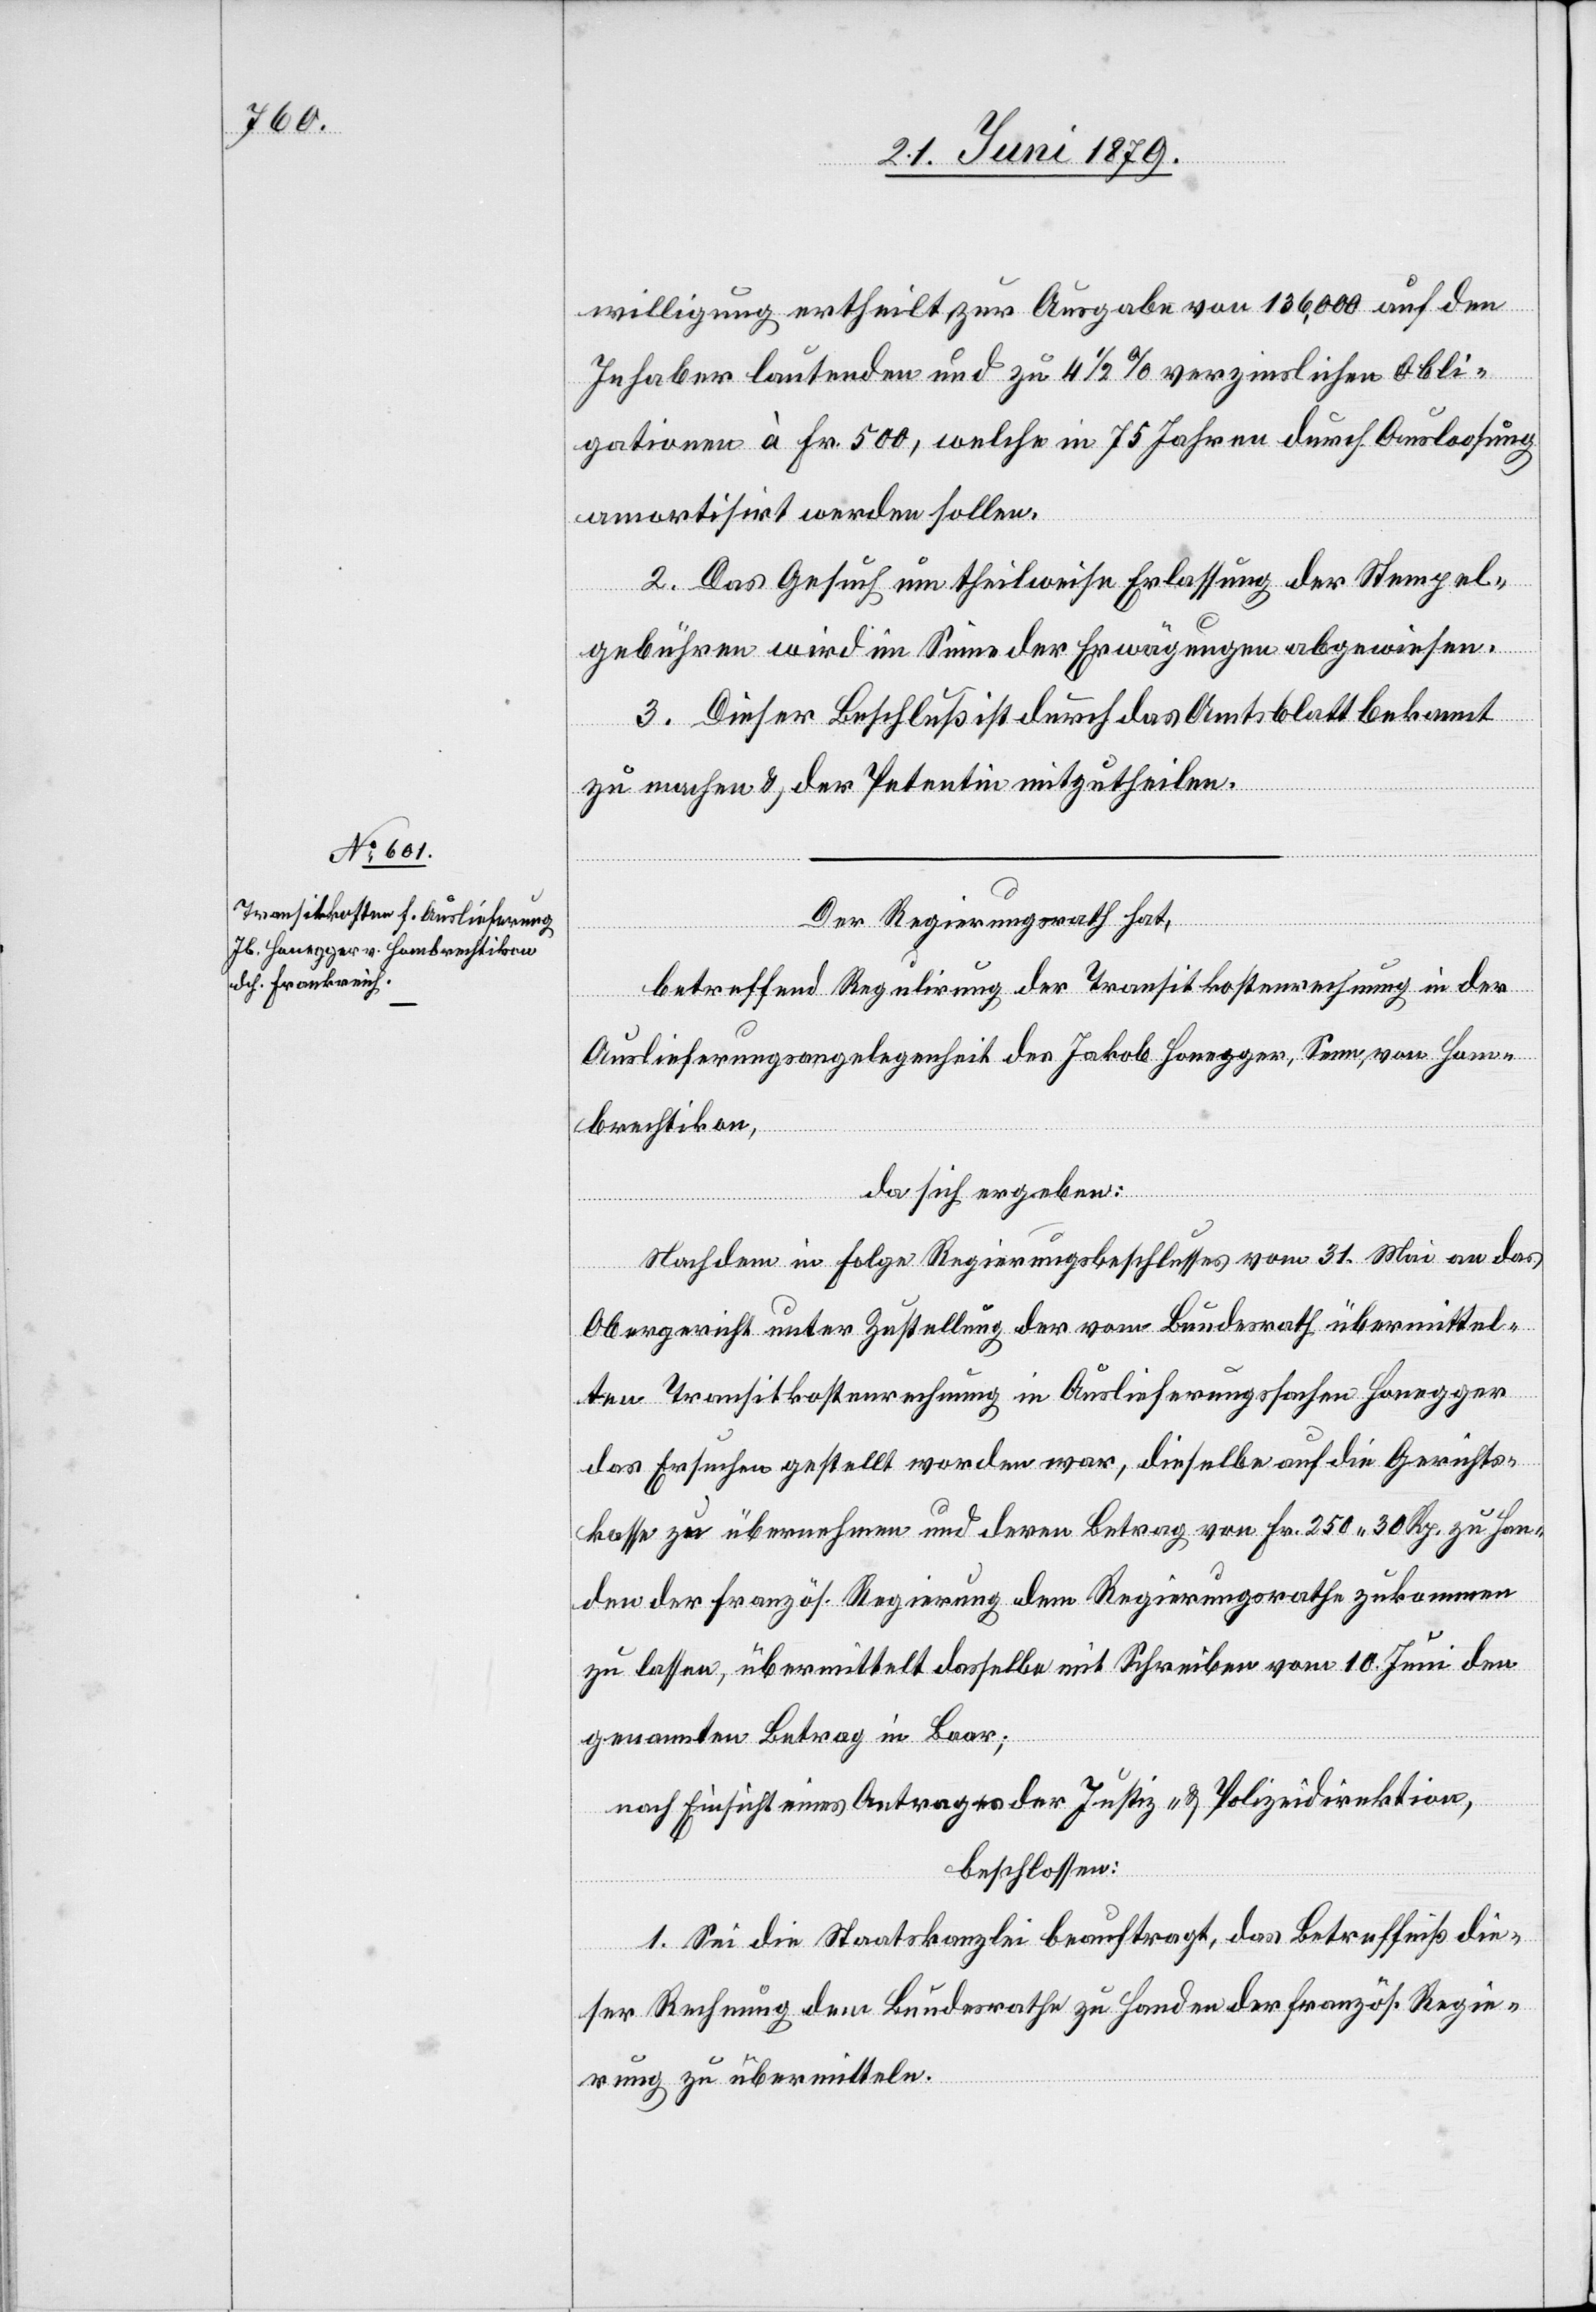
willigung ertheilt zur Ausgabe von 136,000 auf den
Inhaber lautenden und zu 4 1/2% verzinslichen Obli¬
gationen à Fr. 500, welche in 75 Jahren durch Ausloosung
amortisirt werden sollen.
2. Das Gesuch um theilweise Erlassung der Stempel¬
gebühren wird im Sinne der Erwägungen abgewiesen.
3. Dieser Beschluß ist durch das Amtsblatt bekannt
zu machen & der Petentin mitzutheilen.
Der Regierungsrath hat,
betreffend Regulirung der Transitkostenrechnung in der
Auslieferungsangelegenheit des Jakob Honegger, Senn, von Hom¬
brechtikon,
da sich ergeben:
Nachdem in Folge Regierungsbeschlusses vom 31. Mai an das
Obergericht unter Zustellung der vom Bundesrath übermittel¬
ten Transitkostenrechnung in Auslieferungssachen Honegger
das Ersuchen gestellt worden war, dieselbe auf die Gerichts¬
kasse zu übernehmen und deren Betrag von Fr. 250 30 Rp. zu Han¬
den der französ. Regierung dem Regierungsrathe zukommen
zu lassen, übermittelt dasselbe mit Schreiben vom 10. Juni den
genannten Betrag in Baar;
nach Einsicht eines Antrages der Justiz- & Polizeidirektion,
beschlossen:
1. Sei die Staatskanzlei beauftragt, das Betreffniß die¬
ser Rechnung dem Bundesrathe zu Handen der französ. Regie¬
rung zu übermitteln.